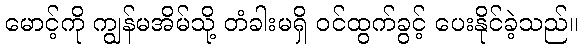
မောင့်ကို ကျွန်မအိမ်သို့ တံခါးမရှိ ဝင်ထွက်ခွင့် ပေးနိုင်ခဲ့သည်။